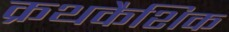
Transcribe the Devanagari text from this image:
क्रथकैशिक